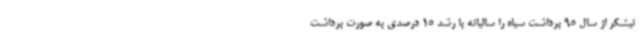
نیشکر از سال 95 برداشت سیاه را سالیانه با رشد 15 درصدی به صورت برداشت